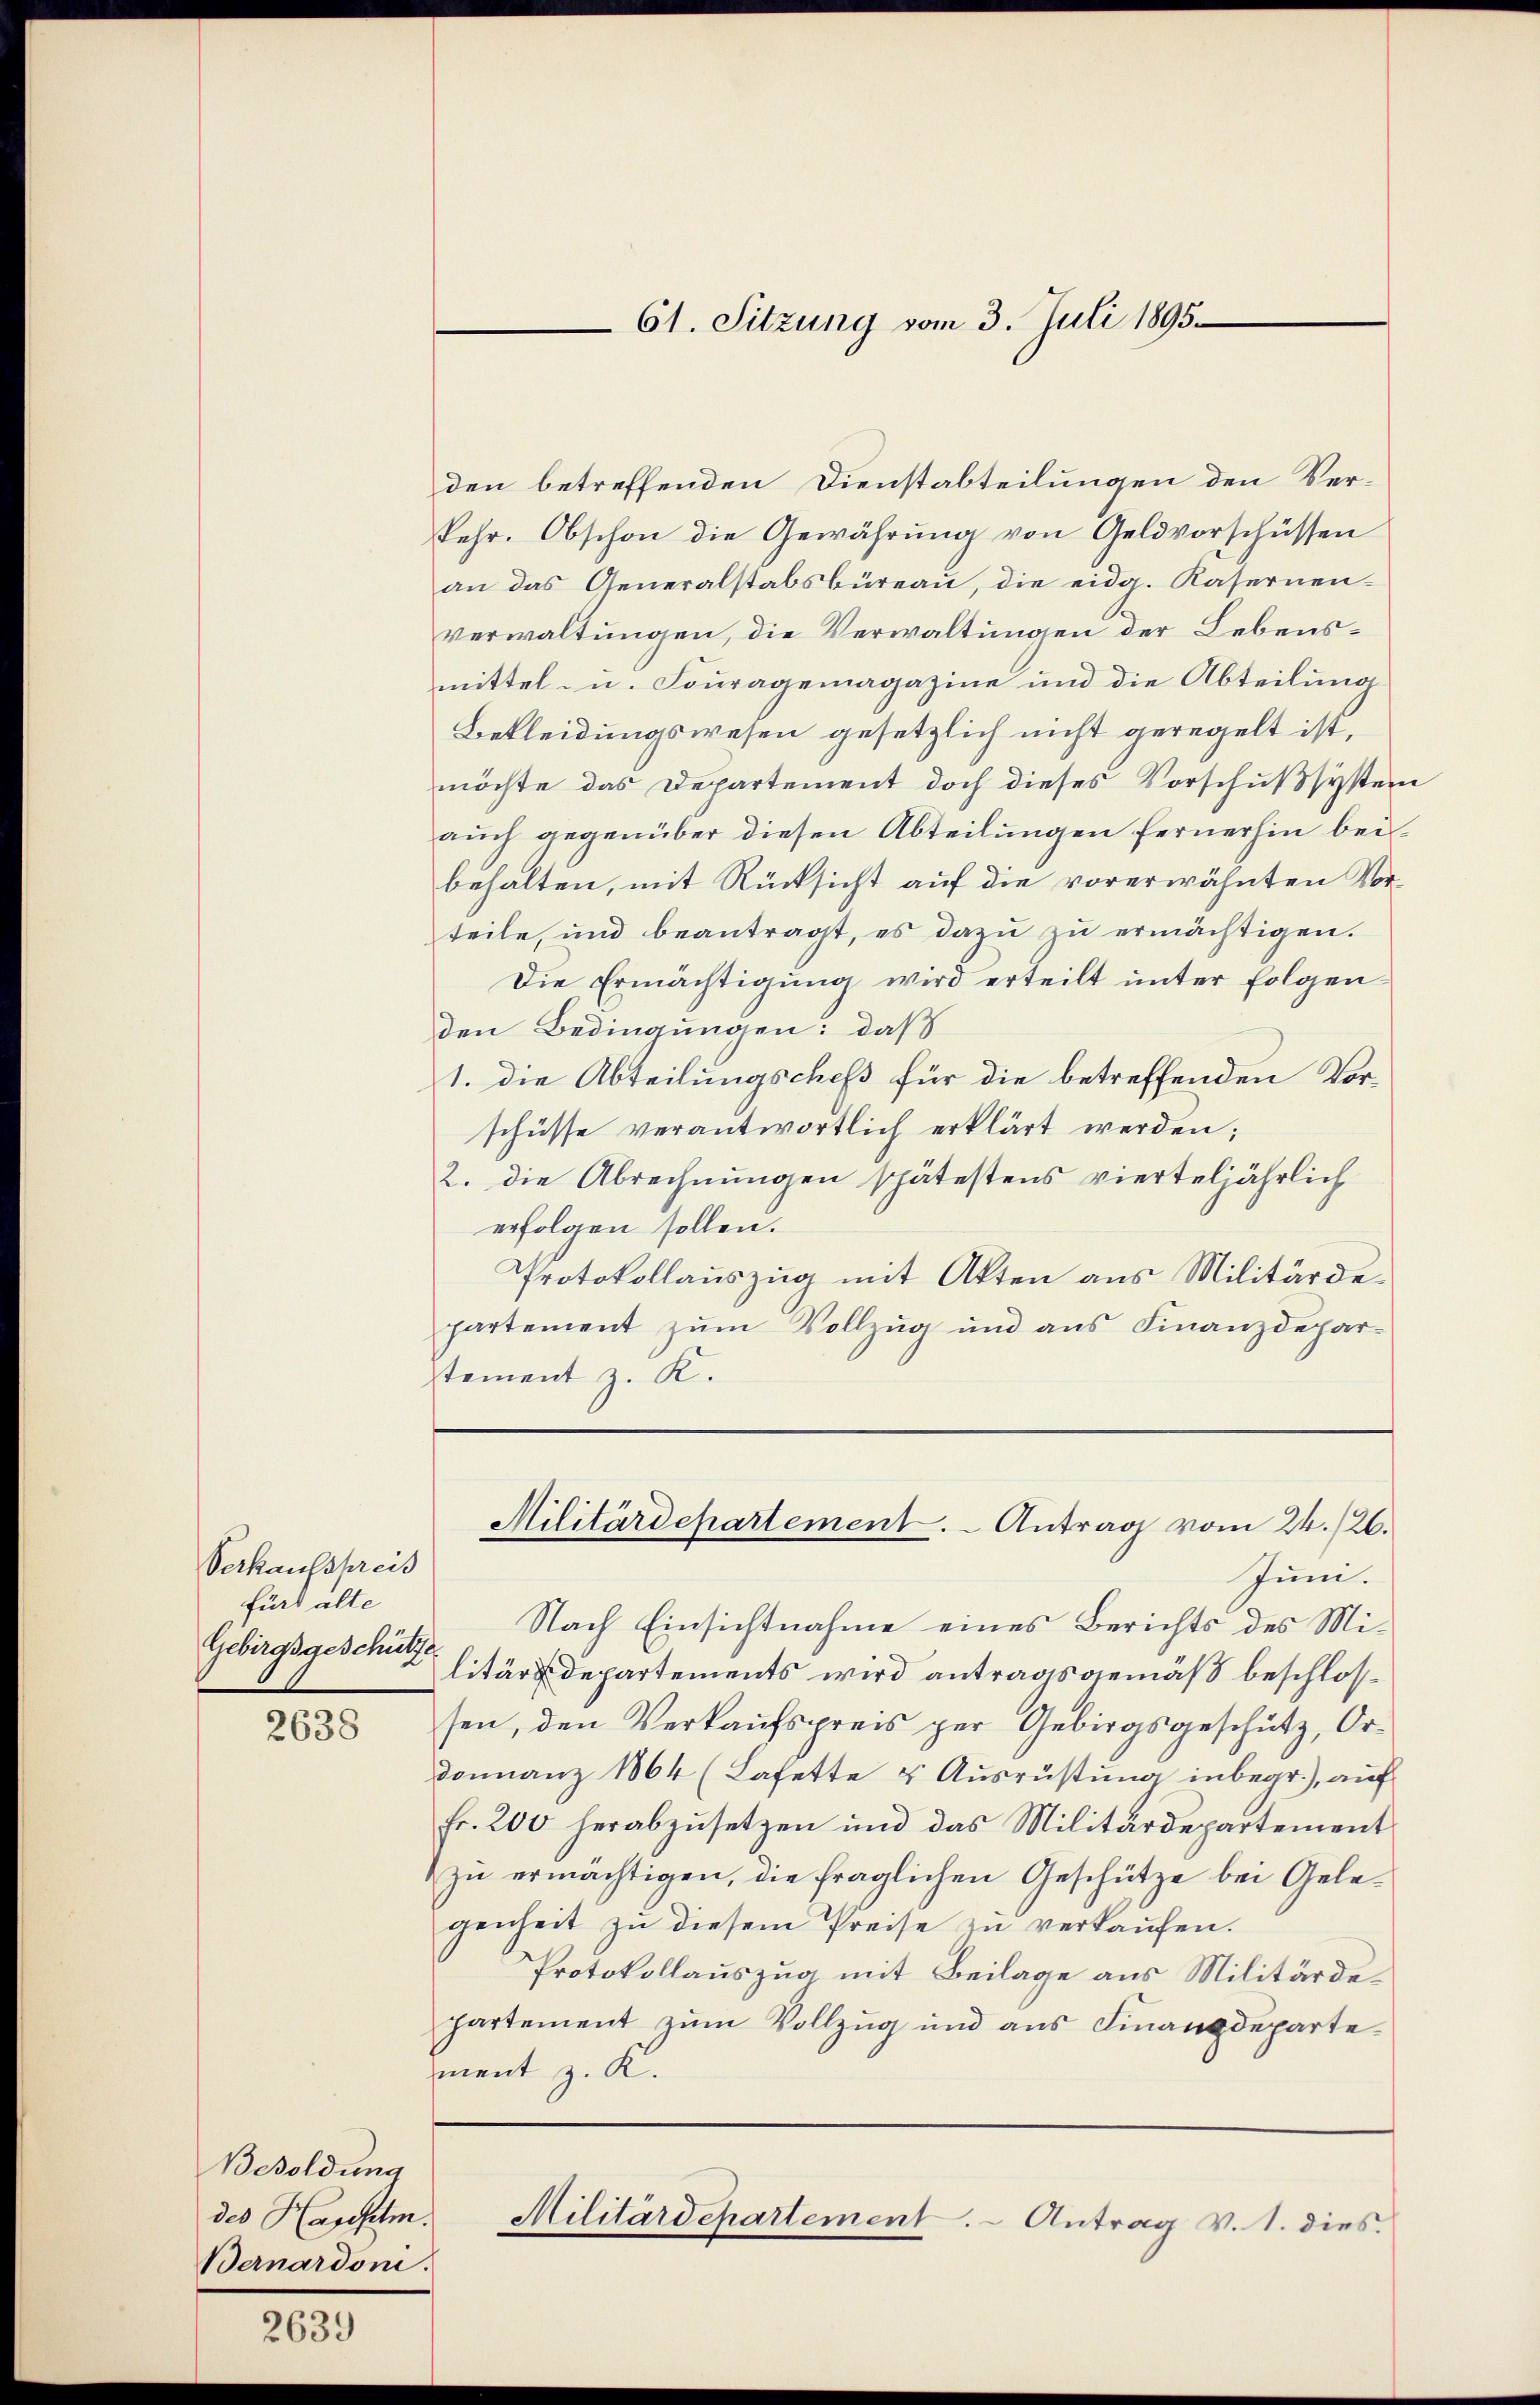
Verkaufspreis
fürs alte
Gebirgsgeschütz

2638

den betreffenden Dienstabteilungen den Verkehr. Obschon die Gewährung von Geldvorschüssen
an das Generalstabsbüreau, die eidg. Kasernen-
verwaltungen, die Verwaltungen der Lebensmittel- u. Fouragemagazine und die Abteilung
Bekleidungswesen gesetzlich nicht geregelt ist,
möchte das Departement doch dieses Vorschußsystein
auch gegenüber diesen Abteilungen fernerhin beibehalten, mit Rücksicht auf die vorerwähnten Vorteile, und beantragt, es dazu zu ermächtigen.
Die Ermächtigung wird erteilt unter folgen
den Bedingungen: daß
1. die Abteilungschefs für die betreffenden Vorschüsse verantwortlich erklärt werden;
2. die Abrechnungen spätestens vierteljährlich
erfolgen sollen.
Protokollauszug mit Akten aus Militärdepartement zŭm Vollzug und ans Finanzdepar-
stement z. K.
Militärdepartement. - Antrag vom 24./26.
Juni.
Nach Einsichtnahme eines Berichts des Militärdepartements wird antragsgemäß beschlossen, den Verkaufspreis per Gebirgsgeschütz, Ordonnanz 1864 (Lafette & Ausrüstung inbegr.), auf
fr. 200 herabzŭsetzen und das Militärdepartement
zu ermächtigen, die fraglichen Geschütze bei Gelegenheit zu diesem Preise zu verkaufen.
Protokollauszug mit Beilage aus Militärdepartement zum Vollzug und aus Finanzdepartement z. K.

Besoldung
des Hagstm.
Bernardon.

2639

61. Sitzung vom 3. Juli 1895

Militärdepartement. - Antrag v. 1. dies